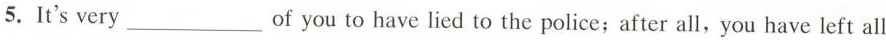
5. It's very ___ of you to have lied to the police;after all, you have left all